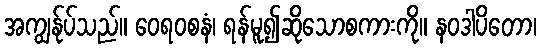
အကျွန်ုပ်သည်။ ဝေရဝစနံ၊ ရန်မူ၍ဆိုသောစကားကို။ နဝဒါပိတော၊